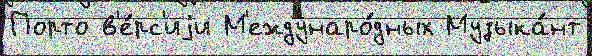
Порто в'е́рс'иjи М'еждунаро́дных Музыка́нт